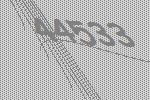
44533